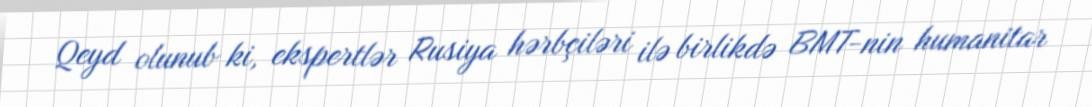
Qeyd olunub ki, ekspertlər Rusiya hərbçiləri ilə birlikdə BMT-nin humanitar